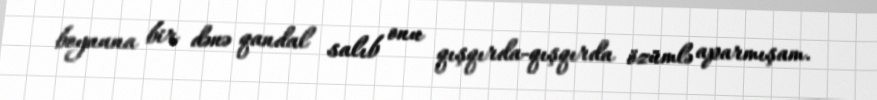
boynuna bir dənə qandal salıb onu qışqırda-qışqırda özümlə aparmışam.